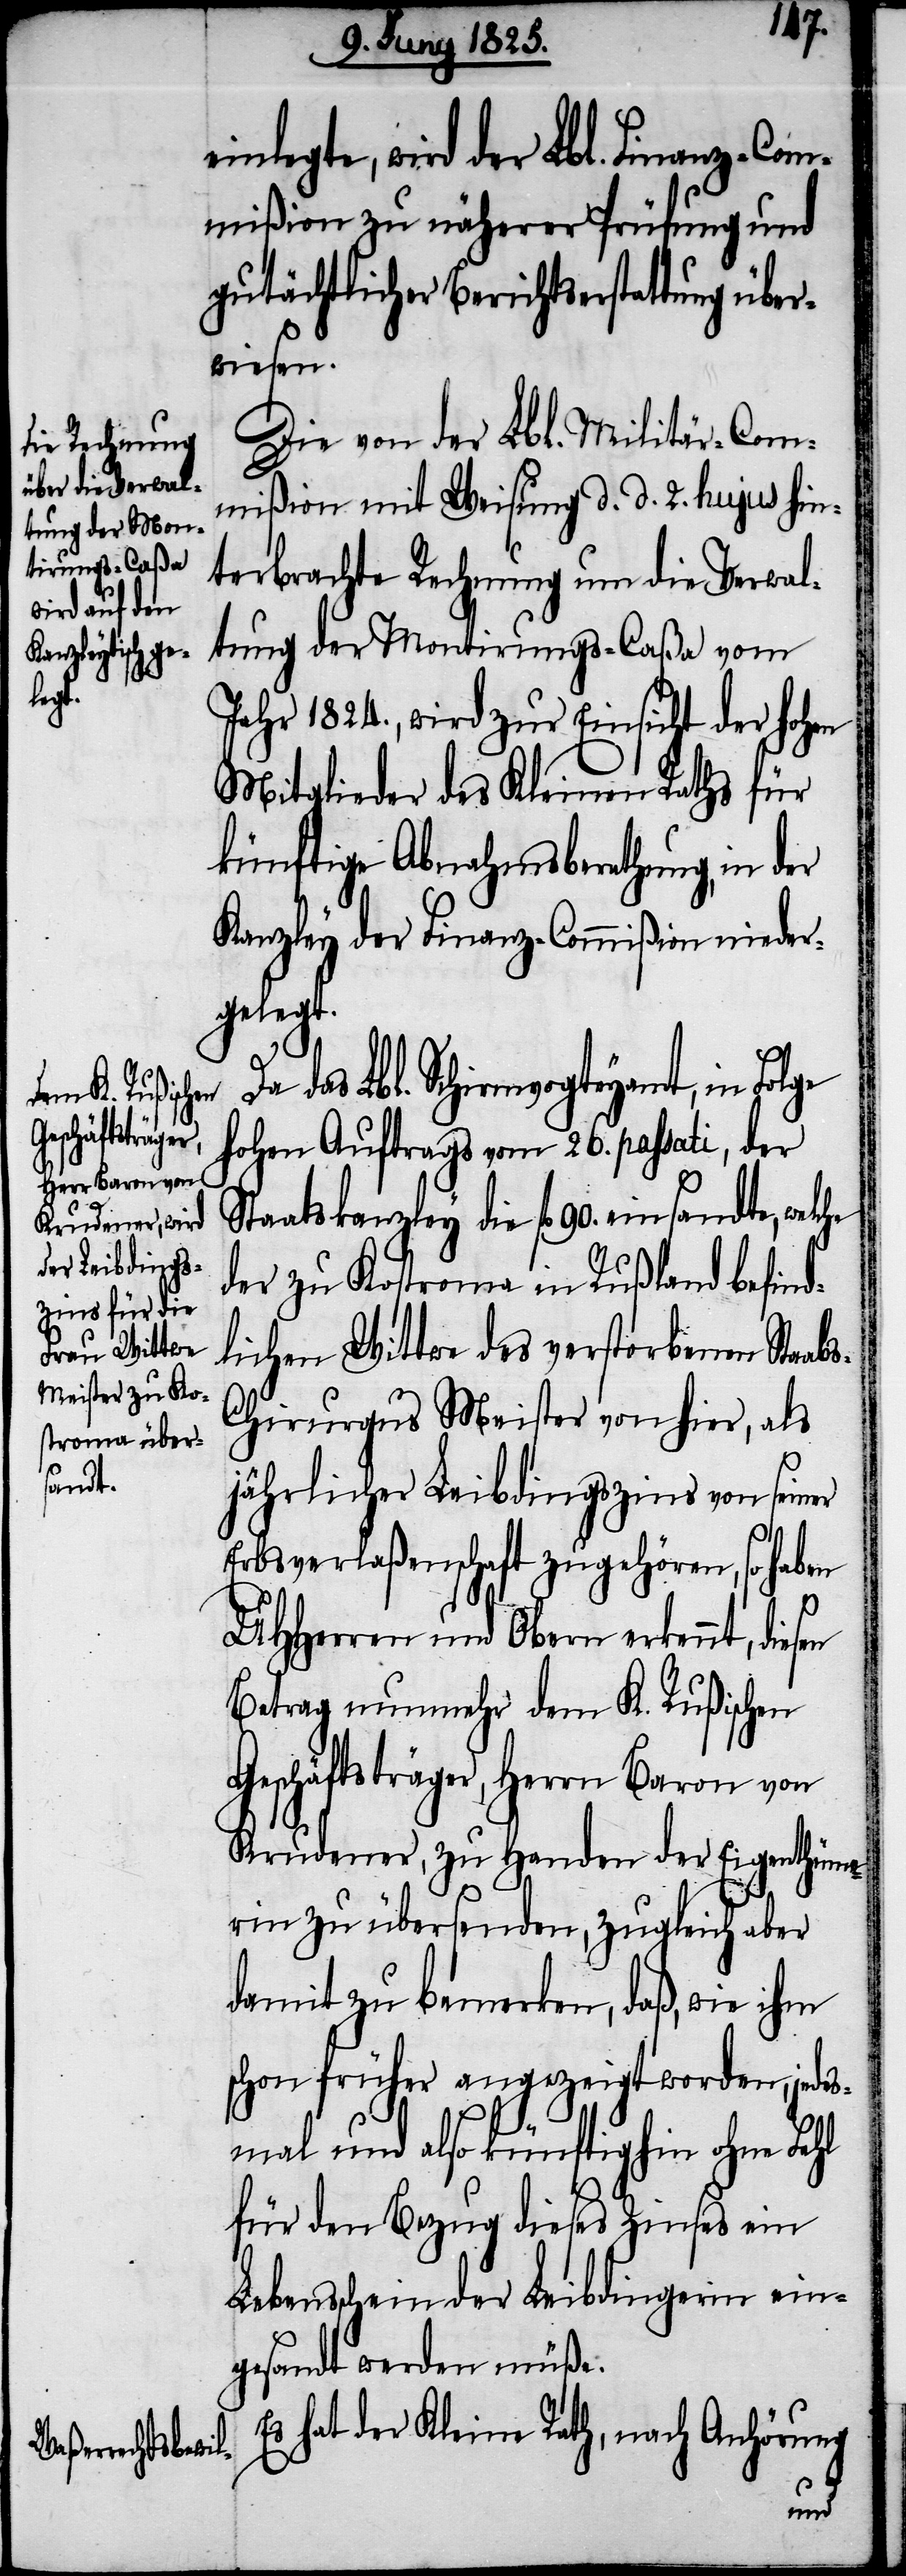
s-C¬

inlegte, wird der Lbl. Finanz-Com¬
mißion zu näherer Prüfung und
gutächtlicher Berichtserstattung über¬
wiesen.
Die von der Lbl. Militär-Com¬
mißion mit Weisung d. d. 2. hujus hin¬
terbrachte Rechnung um die Verwal¬
tung der Montirungs-Caßa vom
Jahr 1824., wird zur Einsicht der hohen
Mitglieder des Kleinen Raths für
künftige Abnahmsberathung, in der
Kanzley der Finanz-Commißion nieder¬
gelegt.
das Lbl. Schirmvogteyamt, in Folge
hohen Auftrags vom 26. passati, der
Staatskanzley die fl 90. einsandte, welche
der zu Kostroma in Rußland befind¬
lichen Wittwe des verstorbenen Stab¬
hirurgus Meister von hier, als
jährlicher Leibdingszins von seiner
Erbsverlaßenschaft zugehören, so haben
UHHerren und Obern erkennt, diesen
Betrag nunmehr dem K. Rußischen
Geschäftsträger, Herrn Baron von
Krudener, zu Handen der Eigenthüme¬
e¬
rin zu übersenden, zugleich aber
damit zu bemerken, daß wie ihm
schon früher angezeigt worden, jedes¬
mal und also künftighin ohne Fehl
für den Bezug dieses Zinses ein
Lebensschein der Leibdingerin ein¬
gesandt werden müße.
Es hat der Kleine Rath, nach Anhörung